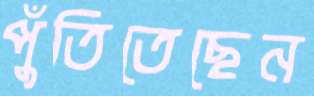
পুঁতিতেছেন